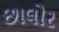
છાલોર